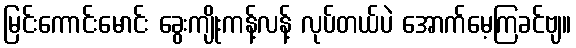
မြင်းကောင်းမောင်း ခွေးကျိုးကန့်လန့် လုပ်တယ်ပဲ အောက်မေ့ကြခင်ဗျ။